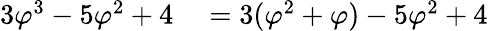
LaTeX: \begin{array}{rl}{3\varphi^{3}-5\varphi^{2}+4}&{{}=3(\varphi^{2}+\varphi)-5\varphi^{2}+4}\end{array}